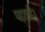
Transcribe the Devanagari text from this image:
पढ़ताहै।